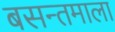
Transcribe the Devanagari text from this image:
बसन्तमाला